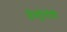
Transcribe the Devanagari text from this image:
अॅस्ट्रॉनॉमी